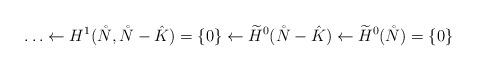
LaTeX: \begin{align*}\ldots\leftarrow H^{1}(\mathring{N},\mathring{N}-\hat{K})=\{0\}\leftarrow \widetilde{H}^{0}(\mathring{N}-\hat{K})\leftarrow \widetilde{H}^{0}(\mathring{N})=\{0\}\end{align*}